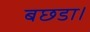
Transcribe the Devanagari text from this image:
बछडा।